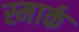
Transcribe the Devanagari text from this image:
स्मार्क